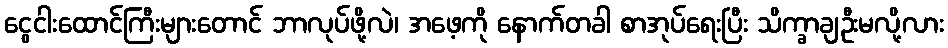
ငွေငါးထောင်ကြီးများတောင် ဘာလုပ်ဖို့လဲ၊ အဖေ့ကို နောက်တခါ စာအုပ်ရေးပြီး သိက္ခာချဦးမလို့လား